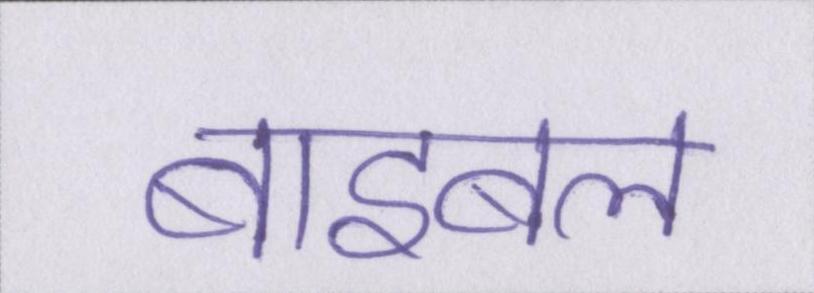
बाइबल